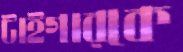
টাইগারকে